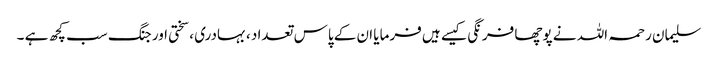
سلیمان رحمہ اللہ نے پوچھا فرنگی کیسے ہیں فرمایا ان کے پاس تعداد ، بہادری ، سختی اور جنگ سب کچھ ہے ۔